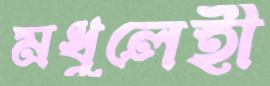
মধুলেহী